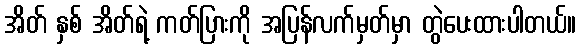
အိတ် နှစ် အိတ်ရဲ့ ကတ်ပြားကို အပြန်လက်မှတ်မှာ တွဲပေးထားပါတယ်။